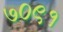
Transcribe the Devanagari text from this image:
७०९१